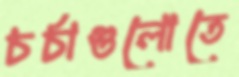
চর্চাগুলোতে